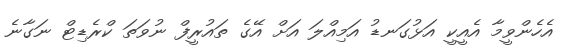
އެހެންވީމާ އެއީކީ އަޅުގަނޑު އަމިއްލަ އަށް އޭގެ ތައުރީފް ނުވަތަ ކްރެޑިޓް ނަގާނެ